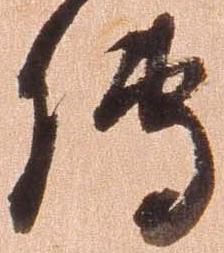
伝